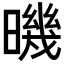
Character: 𣊉